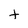
Character: t